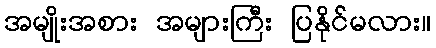
အမျိုးအစား အများကြီး ပြနိုင်မလား။